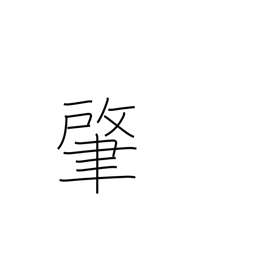
Meaning: beginning